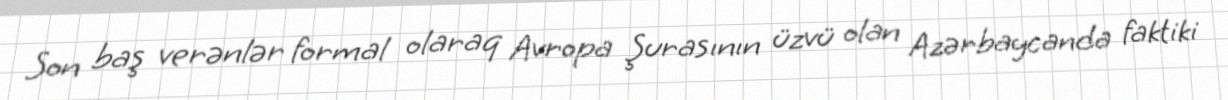
Son baş verənlər formal olaraq Avropa Şurasının üzvü olan Azərbaycanda faktiki